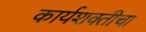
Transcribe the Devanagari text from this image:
कार्यशक्तीचा